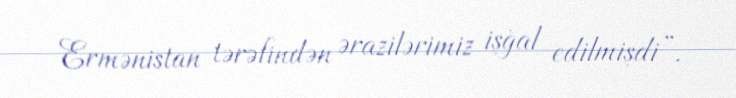
Ermənistan tərəfindən ərazilərimiz işğal edilmişdi”.